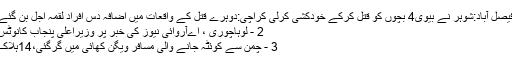
فیصل آباد:شوہر نے بیوی4 بچوں کو قتل کرکے خودکشی کرلی کراچی:دوہرے قتل کے واقعات میں اضافہ دس افراد لقمہ اجل بن گئے
2 - لوہاچوری ، اےآروائی نیوز کی خبر پر وزیراعلیٰ پنجاب کانوٹس
3 - چمن سے کوئٹہ جانے والی مسافر ویگن کھائی میں گرگئی،14ہلاک